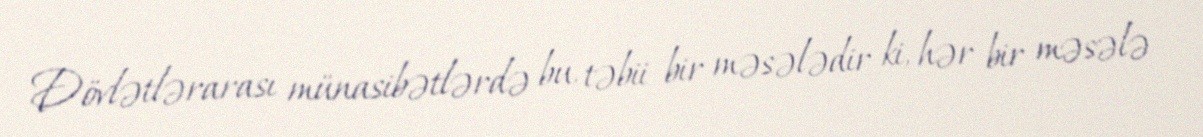
Dövlətlərarası münasibətlərdə bu, təbii bir məsələdir ki, hər bir məsələ